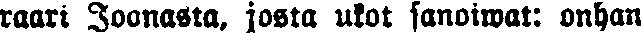
raari Joonasta, josta ukot sanoiwat: onhan